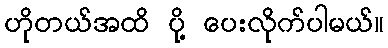
ဟိုတယ်အထိ ပို့ ပေးလိုက်ပါမယ်။